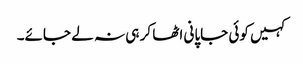
کہیں کوئی جاپانی اٹھا کر ہی نہ لے جائے۔